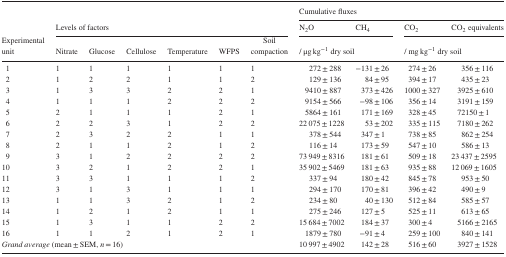
<table><thead><tr><td></td><td></td><td></td><td></td><td></td><td></td><td></td><td colspan="4"><b>Cumulative fluxes</b></td></tr><tr><td></td><td colspan="6"><b>Levels of factors</b></td><td><b>N<sub>2</sub>O</b></td><td><b>CH<sub>4</sub></b></td><td><b>CO<sub>2</sub></b></td><td><b>CO<sub>2</sub> equivalents</b></td></tr><tr><td><b>Experimental unit</b></td><td><b>Nitrate</b></td><td><b>Glucose</b></td><td><b>Cellulose</b></td><td><b>Temperature</b></td><td><b>WFPS</b></td><td><b>Soil compaction</b></td><td colspan="2"><b>/ μg kg<sup>−1</sup> dry soil</b></td><td colspan="2"><b>/ mg kg<sup>−1</sup> dry soil</b></td></tr></thead><tbody><tr><td>1</td><td>1</td><td>1</td><td>1</td><td>1</td><td>1</td><td>1</td><td>272 ± 288</td><td>−131 ± 26</td><td>274 ± 26</td><td>356 ± 116</td></tr><tr><td>2</td><td>1</td><td>2</td><td>2</td><td>1</td><td>1</td><td>2</td><td>129 ± 136</td><td>84 ± 95</td><td>394 ± 17</td><td>435 ± 23</td></tr><tr><td>3</td><td>1</td><td>3</td><td>3</td><td>2</td><td>2</td><td>1</td><td>9410 ± 887</td><td>373 ± 426</td><td>1000 ± 327</td><td>3925 ± 610</td></tr><tr><td>4</td><td>1</td><td>1</td><td>1</td><td>2</td><td>2</td><td>2</td><td>9154 ± 566</td><td>−98 ± 106</td><td>356 ± 14</td><td>3191 ± 159</td></tr><tr><td>5</td><td>2</td><td>1</td><td>1</td><td>1</td><td>2</td><td>1</td><td>5864 ± 161</td><td>171 ± 169</td><td>328 ± 45</td><td>72150 ± 1</td></tr><tr><td>6</td><td>2</td><td>2</td><td>3</td><td>1</td><td>2</td><td>2</td><td>22 075 ± 1228</td><td>53 ± 202</td><td>335 ± 115</td><td>7180 ± 262</td></tr><tr><td>7</td><td>2</td><td>3</td><td>2</td><td>2</td><td>1</td><td>1</td><td>378 ± 544</td><td>347 ± 1</td><td>738 ± 85</td><td>862 ± 254</td></tr><tr><td>8</td><td>2</td><td>1</td><td>1</td><td>2</td><td>1</td><td>2</td><td>116 ± 14</td><td>173 ± 59</td><td>547 ± 10</td><td>586 ± 13</td></tr><tr><td>9</td><td>3</td><td>1</td><td>2</td><td>2</td><td>2</td><td>2</td><td>73 949 ± 8316</td><td>181 ± 61</td><td>509 ± 18</td><td>23 437 ± 2595</td></tr><tr><td>10</td><td>3</td><td>2</td><td>1</td><td>2</td><td>2</td><td>1</td><td>35 902 ± 5469</td><td>181 ± 63</td><td>935 ± 88</td><td>12 069 ± 1605</td></tr><tr><td>11</td><td>3</td><td>3</td><td>1</td><td>1</td><td>1</td><td>2</td><td>337 ± 94</td><td>180 ± 42</td><td>845 ± 78</td><td>953 ± 50</td></tr><tr><td>12</td><td>3</td><td>1</td><td>3</td><td>1</td><td>1</td><td>1</td><td>294 ± 170</td><td>170 ± 81</td><td>396 ± 42</td><td>490 ± 9</td></tr><tr><td>13</td><td>1</td><td>1</td><td>3</td><td>2</td><td>1</td><td>2</td><td>234 ± 80</td><td>40 ± 130</td><td>512 ± 84</td><td>585 ± 57</td></tr><tr><td>14</td><td>1</td><td>2</td><td>1</td><td>2</td><td>1</td><td>1</td><td>275 ± 246</td><td>127 ± 5</td><td>525 ± 11</td><td>613 ± 65</td></tr><tr><td>15</td><td>1</td><td>3</td><td>1</td><td>1</td><td>2</td><td>2</td><td>15 684 ± 7002</td><td>184 ± 37</td><td>300 ± 4</td><td>5166 ± 2165</td></tr><tr><td>16</td><td>1</td><td>1</td><td>2</td><td>1</td><td>2</td><td>1</td><td>1879 ± 780</td><td>−91 ± 4</td><td>259 ± 100</td><td>840 ± 141</td></tr><tr><td colspan="7"><i>Grand average</i> (mean ± SEM, <i>n</i> = 16)</td><td>10 997 ± 4902</td><td>142 ± 28</td><td>516 ± 60</td><td>3927 ± 1528</td></tr></tbody></table>